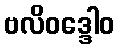
ဗလိဝဒ္ဒေါဝ